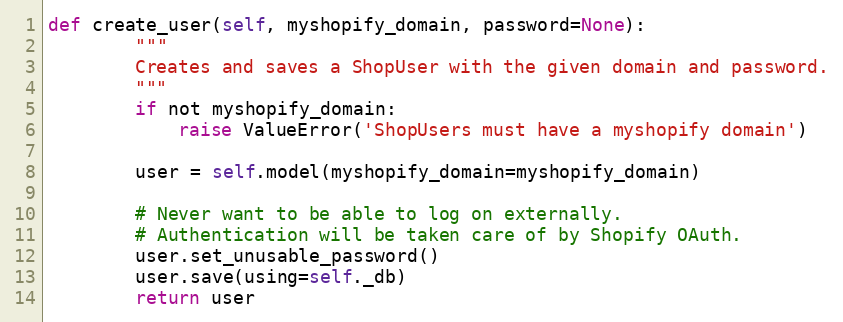
Language: Python
def create_user(self, myshopify_domain, password=None):
        """
        Creates and saves a ShopUser with the given domain and password.
        """
        if not myshopify_domain:
            raise ValueError('ShopUsers must have a myshopify domain')

        user = self.model(myshopify_domain=myshopify_domain)

        # Never want to be able to log on externally.
        # Authentication will be taken care of by Shopify OAuth.
        user.set_unusable_password()
        user.save(using=self._db)
        return user